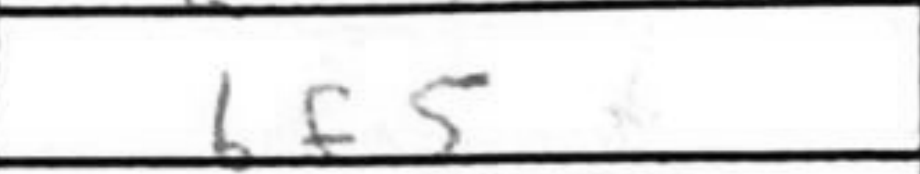
Transcription: Bf5